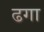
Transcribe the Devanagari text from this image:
ढगा